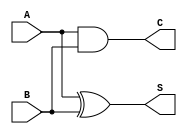
module half_adder (
    input wire A,     // First input bit
    input wire B,     // Second input bit
    output wire S,    // Sum output
    output wire C     // Carry output
);

// Sum output (S) is generated using XOR gate
assign S = A ^ B;

// Carry output (C) is generated using AND gate
assign C = A & B;

endmodule